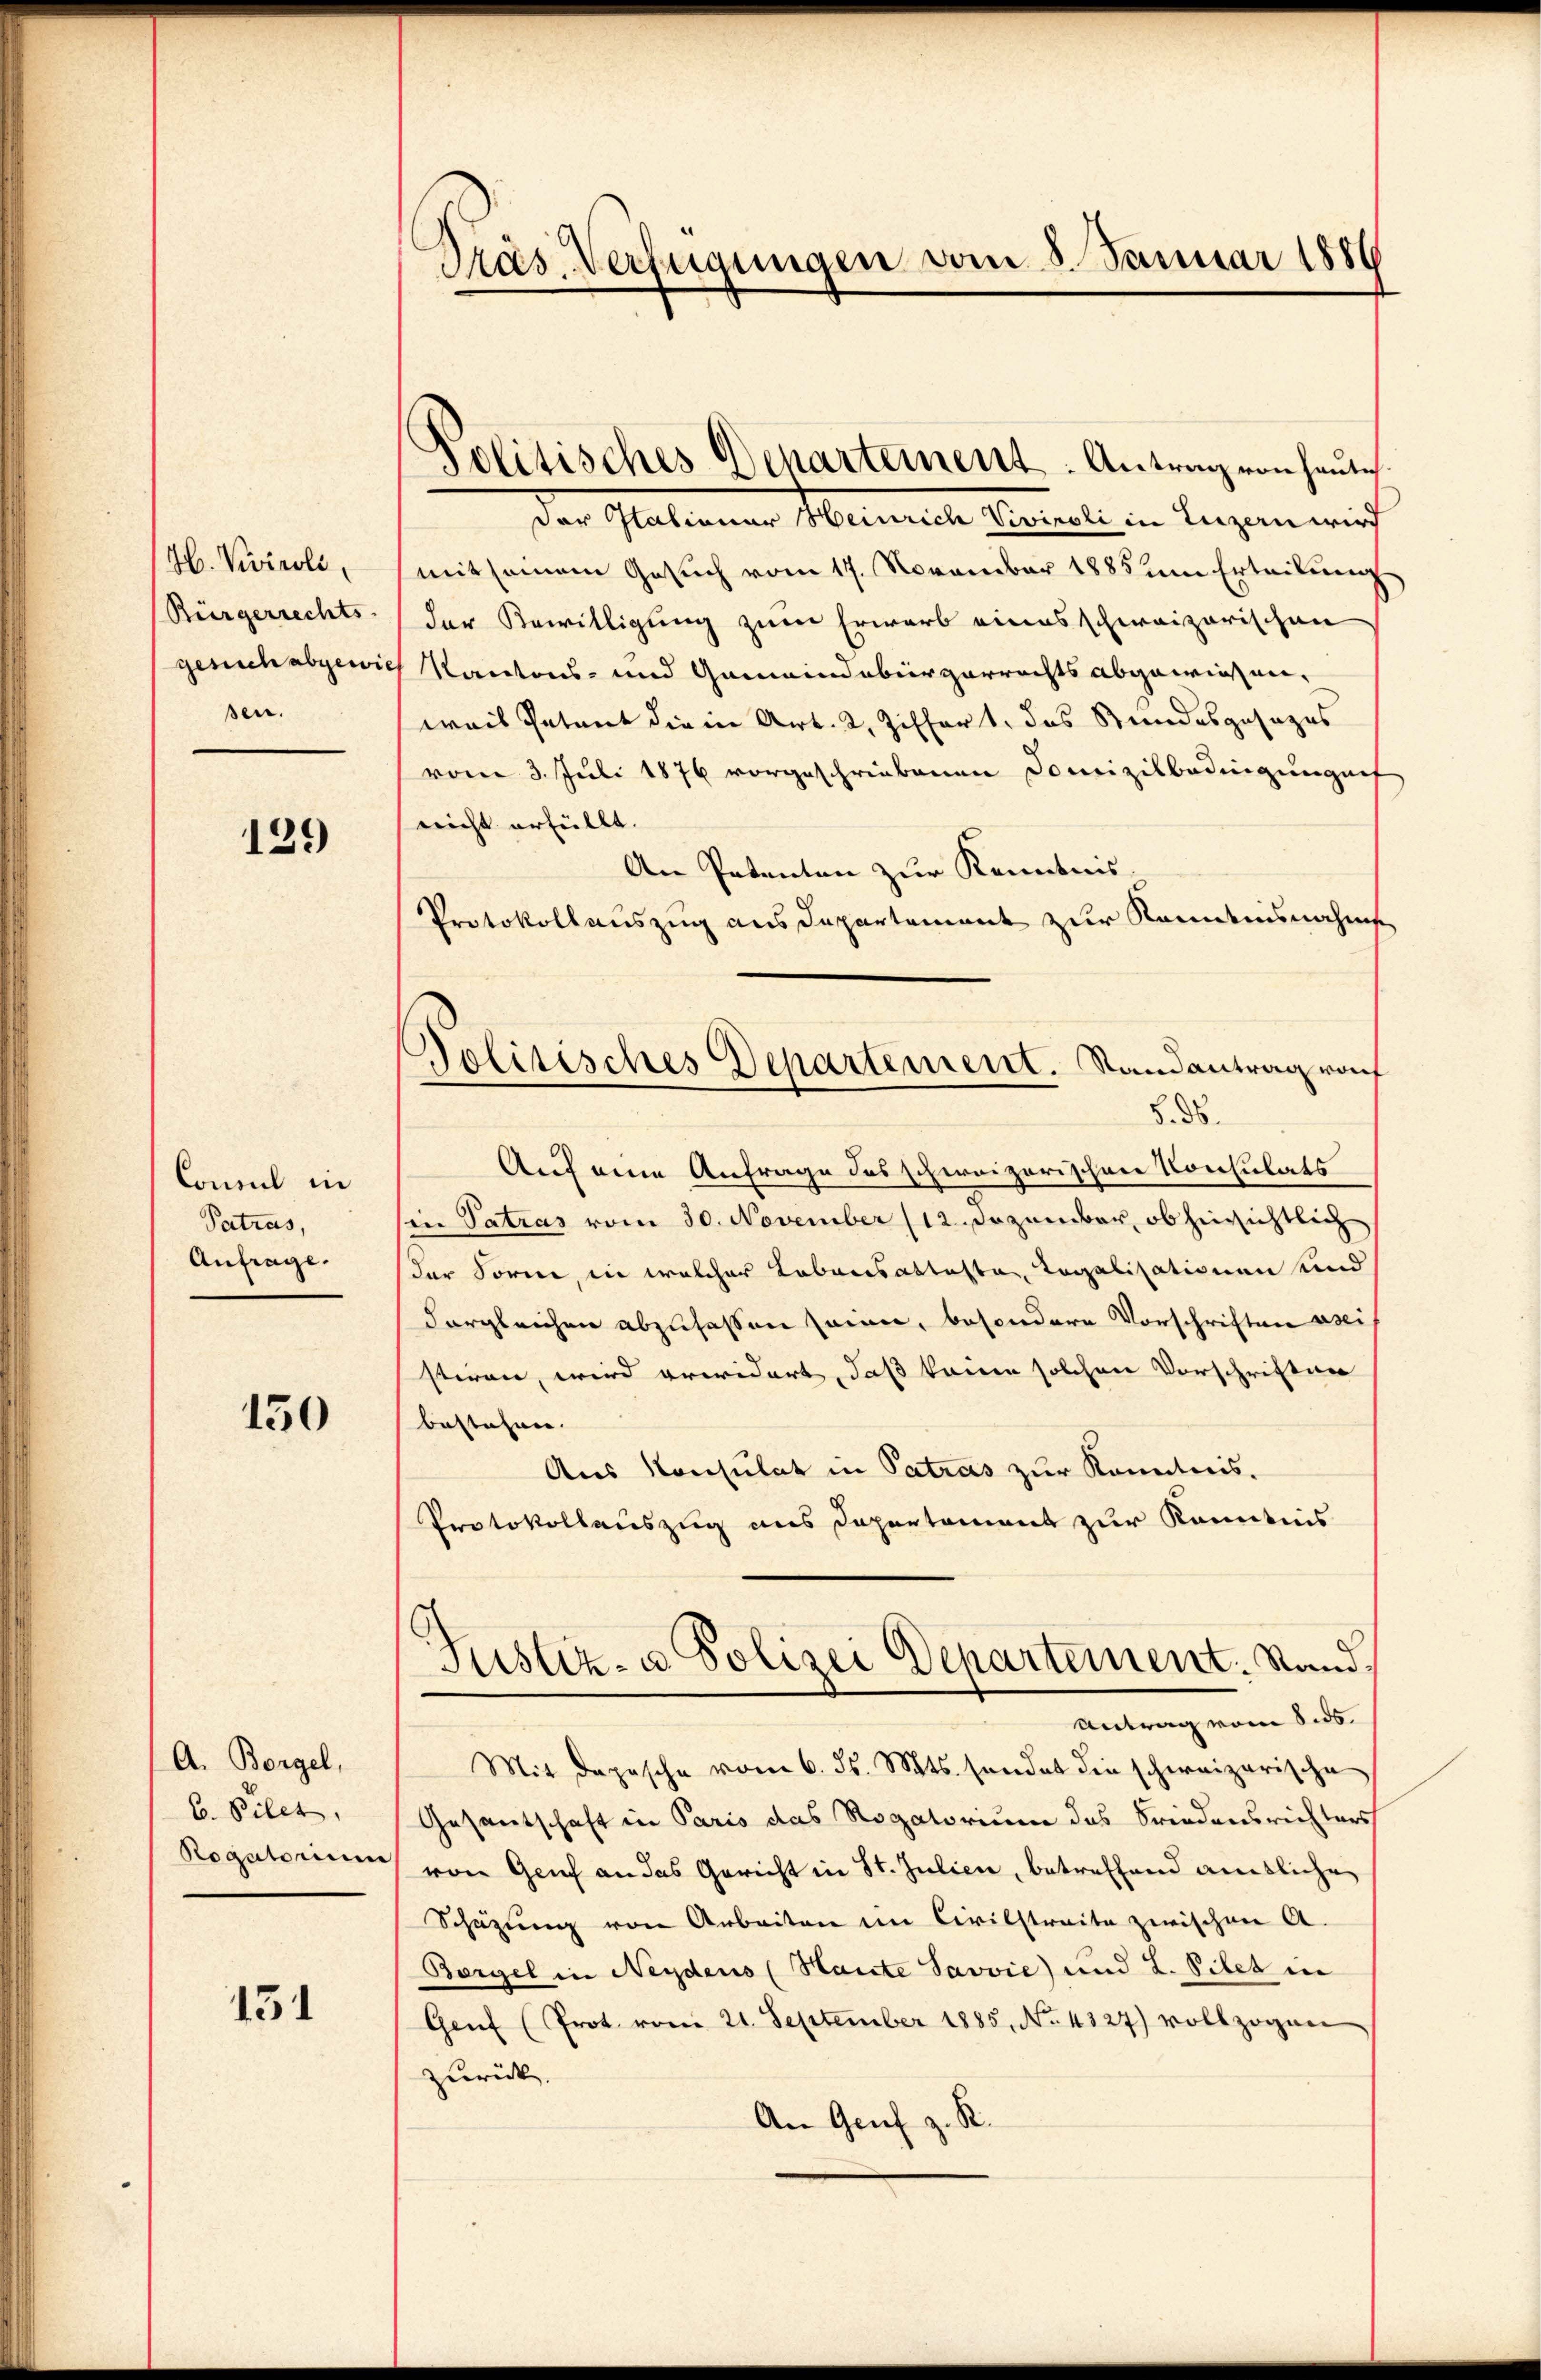
H. Kricoli,
Bürgerrechts-
gesuch abgewi
sen.

129

Consul in
Patros,
Anfrage.

150

A. Borgel,
b. Pilet,
Rogatorium

151

Präs. Verfügungen vom 8. Januar 1889

Politisches Departement. Antrag von heute

Politisches Departement. Randantrag raf

der Stationar Heinrich Vivinoli in Luzern wird
mit seinem Gesuch vom 17. November 1883 um Erteilung
der Bewilligung zum Erwarb eines schweizerischen
Kantons- und Gemeindebürgerrechts abgewiesen,
wais Petent die in Art. 2, Ziffert, das Stundesgesezes
vom 3. Juli 1876 vorgeschriebenen Domizilbedingungenes
nicht erfüllt.
An Petenton zur Kenntnis
Protokollauszug aus Departement zur Randesnahms
§. 36.
Auf eine Anfrage des schweizerischen Konsulats
in Patras vom 30. November (12. Dezember, ob hinsichtlich
der Sorne, in welcher Tabensattasten Regalisationen und
dergleichen abzufassen sein, besondere Vorschriften sei
stiren, wird erwidert, daß kann solchen Vorschriften
bestehen. |
Aus Konsulat in Patros zur Kenntnis.
Protokollauszug aus Departement zur Kenntnis
Justiz- u Polizei Departement. Stand.
Antrag vom 5.
Mit Depesche vom 6. ds. Mts. sendet die schweizerische
Gesantschaft in Paris das Rogatorium das Friedensrichters
von Genf an das Gericht in St. Julien, betreffend amtliche
Schüzung von Arbeiten im Civilstreite zwischen A.
Bergel in Neydeus (Haute Savvie) und L. Filet in
Genf (Prot vom 21. September 1885, No. 4827) vollzogen
zurück.
An Genf z. R.